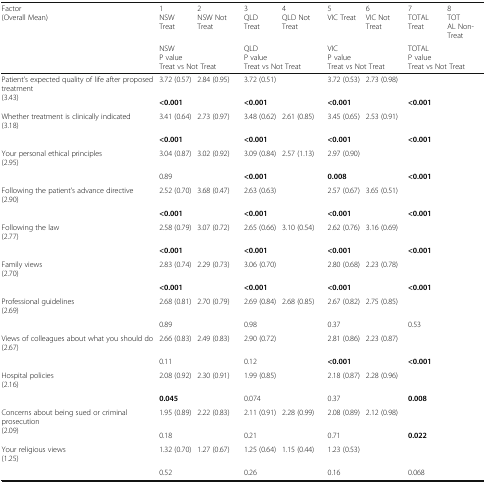
<table><thead><tr><td rowspan="2"><b>Factor(Overall Mean)</b></td><td><b>1NSW Treat</b></td><td><b>2NSW Not Treat</b></td><td><b>3QLD Treat</b></td><td><b>4QLD Not Treat</b></td><td><b>5VIC Treat</b></td><td><b>6VIC Not Treat</b></td><td><b>7TOTAL Treat</b></td><td><b>8TOTAL Non-Treat</b></td></tr><tr><td colspan="2"><b>NSWP valueTreat vs Not Treat</b></td><td colspan="2"><b>QLDP valueTreat vs Not Treat</b></td><td colspan="2"><b>VICP valueTreat vs Not Treat</b></td><td colspan="2"><b>TOTALP valueTreat vs Not Treat</b></td></tr></thead><tbody><tr><td rowspan="2">Patient’s expected quality of life after proposed treatment(3.43)</td><td>3.72 (0.57)</td><td>2.84 (0.95)</td><td>3.72 (0.51)</td><td>[EMPTY_CELL]</td><td>3.72 (0.53)</td><td>2.73 (0.98)</td><td>[EMPTY_CELL]</td><td>[EMPTY_CELL]</td></tr><tr><td colspan="2"><b>&lt;0.001</b></td><td colspan="2"><b>&lt;0.001</b></td><td colspan="2"><b>&lt;0.001</b></td><td colspan="2"><b>&lt;0.001</b></td></tr><tr><td rowspan="2">Whether treatment is clinically indicated(3.18)</td><td>3.41 (0.64)</td><td>2.73 (0.97)</td><td>3.48 (0.62)</td><td>2.61 (0.85)</td><td>3.45 (0.65)</td><td>2.53 (0.91)</td><td>[EMPTY_CELL]</td><td>[EMPTY_CELL]</td></tr><tr><td colspan="2"><b>&lt;0.001</b></td><td colspan="2"><b>&lt;0.001</b></td><td colspan="2"><b>&lt;0.001</b></td><td colspan="2"><b>&lt;0.001</b></td></tr><tr><td rowspan="2">Your personal ethical principles(2.95)</td><td>3.04 (0.87)</td><td>3.02 (0.92)</td><td>3.09 (0.84)</td><td>2.57 (1.13)</td><td>2.97 (0.90)</td><td>[EMPTY_CELL]</td><td>[EMPTY_CELL]</td><td>[EMPTY_CELL]</td></tr><tr><td colspan="2">0.89</td><td colspan="2"><b>&lt;0.001</b></td><td colspan="2"><b>0.008</b></td><td colspan="2"><b>&lt;0.001</b></td></tr><tr><td rowspan="2">Following the patient’s advance directive(2.90)</td><td>2.52 (0.70)</td><td>3.68 (0.47)</td><td>2.63 (0.63)</td><td>[EMPTY_CELL]</td><td>2.57 (0.67)</td><td>3.65 (0.51)</td><td>[EMPTY_CELL]</td><td>[EMPTY_CELL]</td></tr><tr><td colspan="2"><b>&lt;0.001</b></td><td colspan="2"><b>&lt;0.001</b></td><td colspan="2"><b>&lt;0.001</b></td><td colspan="2"><b>&lt;0.001</b></td></tr><tr><td rowspan="2">Following the law(2.77)</td><td>2.58 (0.79)</td><td>3.07 (0.72)</td><td>2.65 (0.66)</td><td>3.10 (0.54)</td><td>2.62 (0.76)</td><td>3.16 (0.69)</td><td>[EMPTY_CELL]</td><td>[EMPTY_CELL]</td></tr><tr><td colspan="2"><b>&lt;0.001</b></td><td colspan="2"><b>&lt;0.001</b></td><td colspan="2"><b>&lt;0.001</b></td><td colspan="2"><b>&lt;0.001</b></td></tr><tr><td rowspan="2">Family views(2.70)</td><td>2.83 (0.74)</td><td>2.29 (0.73)</td><td>3.06 (0.70)</td><td>[EMPTY_CELL]</td><td>2.80 (0.68)</td><td>2.23 (0.78)</td><td>[EMPTY_CELL]</td><td>[EMPTY_CELL]</td></tr><tr><td colspan="2"><b>&lt;0.001</b></td><td colspan="2"><b>&lt;0.001</b></td><td colspan="2"><b>&lt;0.001</b></td><td colspan="2"><b>&lt;0.001</b></td></tr><tr><td rowspan="2">Professional guidelines(2.69)</td><td>2.68 (0.81)</td><td>2.70 (0.79)</td><td>2.69 (0.84)</td><td>2.68 (0.85)</td><td>2.67 (0.82)</td><td>2.75 (0.85)</td><td>[EMPTY_CELL]</td><td>[EMPTY_CELL]</td></tr><tr><td colspan="2">0.89</td><td colspan="2">0.98</td><td colspan="2">0.37</td><td colspan="2">0.53</td></tr><tr><td rowspan="2">Views of colleagues about what you should do(2.67)</td><td>2.66 (0.83)</td><td>2.49 (0.83)</td><td>2.90 (0.72)</td><td>[EMPTY_CELL]</td><td>2.81 (0.86)</td><td>2.23 (0.87)</td><td>[EMPTY_CELL]</td><td>[EMPTY_CELL]</td></tr><tr><td colspan="2">0.11</td><td colspan="2">0.12</td><td colspan="2"><b>&lt;0.001</b></td><td colspan="2"><b>&lt;0.001</b></td></tr><tr><td rowspan="2">Hospital policies(2.16)</td><td>2.08 (0.92)</td><td>2.30 (0.91)</td><td>1.99 (0.85)</td><td>[EMPTY_CELL]</td><td>2.18 (0.87)</td><td>2.28 (0.96)</td><td>[EMPTY_CELL]</td><td>[EMPTY_CELL]</td></tr><tr><td colspan="2"><b>0.045</b></td><td colspan="2">0.074</td><td colspan="2">0.37</td><td colspan="2"><b>0.008</b></td></tr><tr><td rowspan="2">Concerns about being sued or criminal prosecution(2.09)</td><td>1.95 (0.89)</td><td>2.22 (0.83)</td><td>2.11 (0.91)</td><td>2.28 (0.99)</td><td>2.08 (0.89)</td><td>2.12 (0.98)</td><td>[EMPTY_CELL]</td><td>[EMPTY_CELL]</td></tr><tr><td colspan="2">0.18</td><td colspan="2">0.21</td><td colspan="2">0.71</td><td colspan="2"><b>0.022</b></td></tr><tr><td rowspan="2">Your religious views(1.25)</td><td>1.32 (0.70)</td><td>1.27 (0.67)</td><td>1.25 (0.64)</td><td>1.15 (0.44)</td><td>1.23 (0.53)</td><td>[EMPTY_CELL]</td><td>[EMPTY_CELL]</td><td>[EMPTY_CELL]</td></tr><tr><td colspan="2">0.52</td><td colspan="2">0.26</td><td colspan="2">0.16</td><td colspan="2">0.068</td></tr></tbody></table>